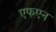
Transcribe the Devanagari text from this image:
एफएन